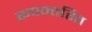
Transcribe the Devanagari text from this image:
रूपन्तरित